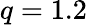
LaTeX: q=1.2